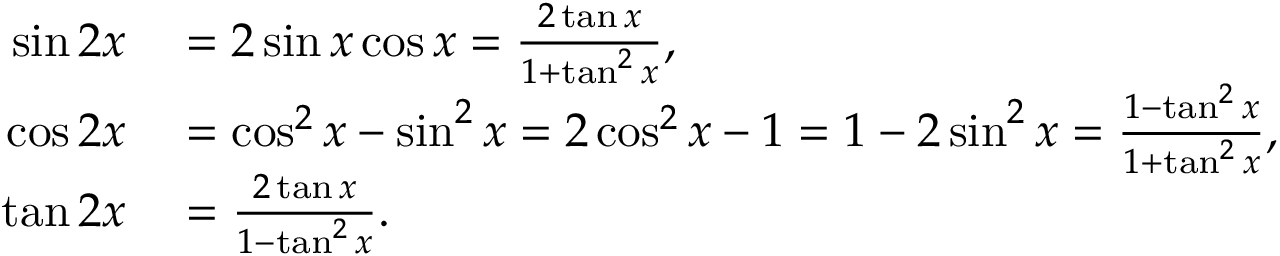
\begin{array} { r l } { \sin 2 x } & { { } = 2 \sin x \cos x = { \frac { 2 \tan x } { 1 + \tan ^ { 2 } x } } , } \\ { \cos 2 x } & { { } = \cos ^ { 2 } x - \sin ^ { 2 } x = 2 \cos ^ { 2 } x - 1 = 1 - 2 \sin ^ { 2 } x = { \frac { 1 - \tan ^ { 2 } x } { 1 + \tan ^ { 2 } x } } , } \\ { \tan 2 x } & { { } = { \frac { 2 \tan x } { 1 - \tan ^ { 2 } x } } . } \end{array}